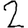
Digit: 2